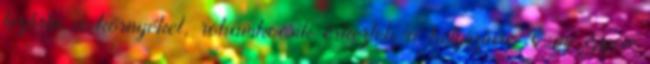
lezárta a környéket, rohamkocsik érkeztek a helyszínre. Egy éppen